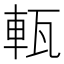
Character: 𤭔